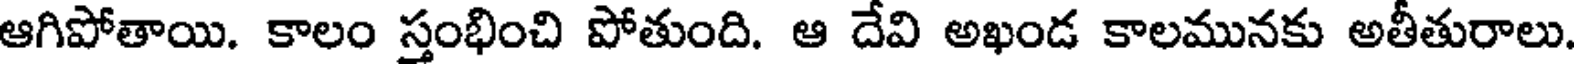
ఆగిపోతాయి. కాలం స్తంభించి పోతుంది. ఆ దేవి అఖండ కాలమునకు అతీతురాలు